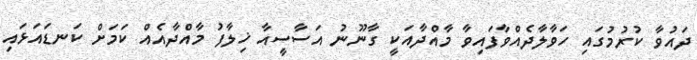
ދައުވާ ކުރުމުގައި ހަވާލާދެއްވާފައިވާ މާއްދާއަކީ ގާނޫނު އަސާސީއާ ޚިލާފު މާއްދާއެއް ކަމަށް ކަނޑައަޅައި